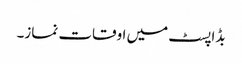
بڈاپسٹ میں اوقات نماز۔